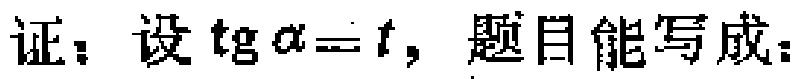
证：设\(\mathrm{tg}\alpha = t\)，题目能写成：